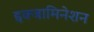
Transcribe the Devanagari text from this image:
इक्जामिनेशन